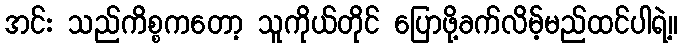
အင်း သည်ကိစ္စကတော့ သူကိုယ်တိုင် ပြောဖို့ခက်လိမ့်မည်ထင်ပါရဲ့။